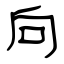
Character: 向